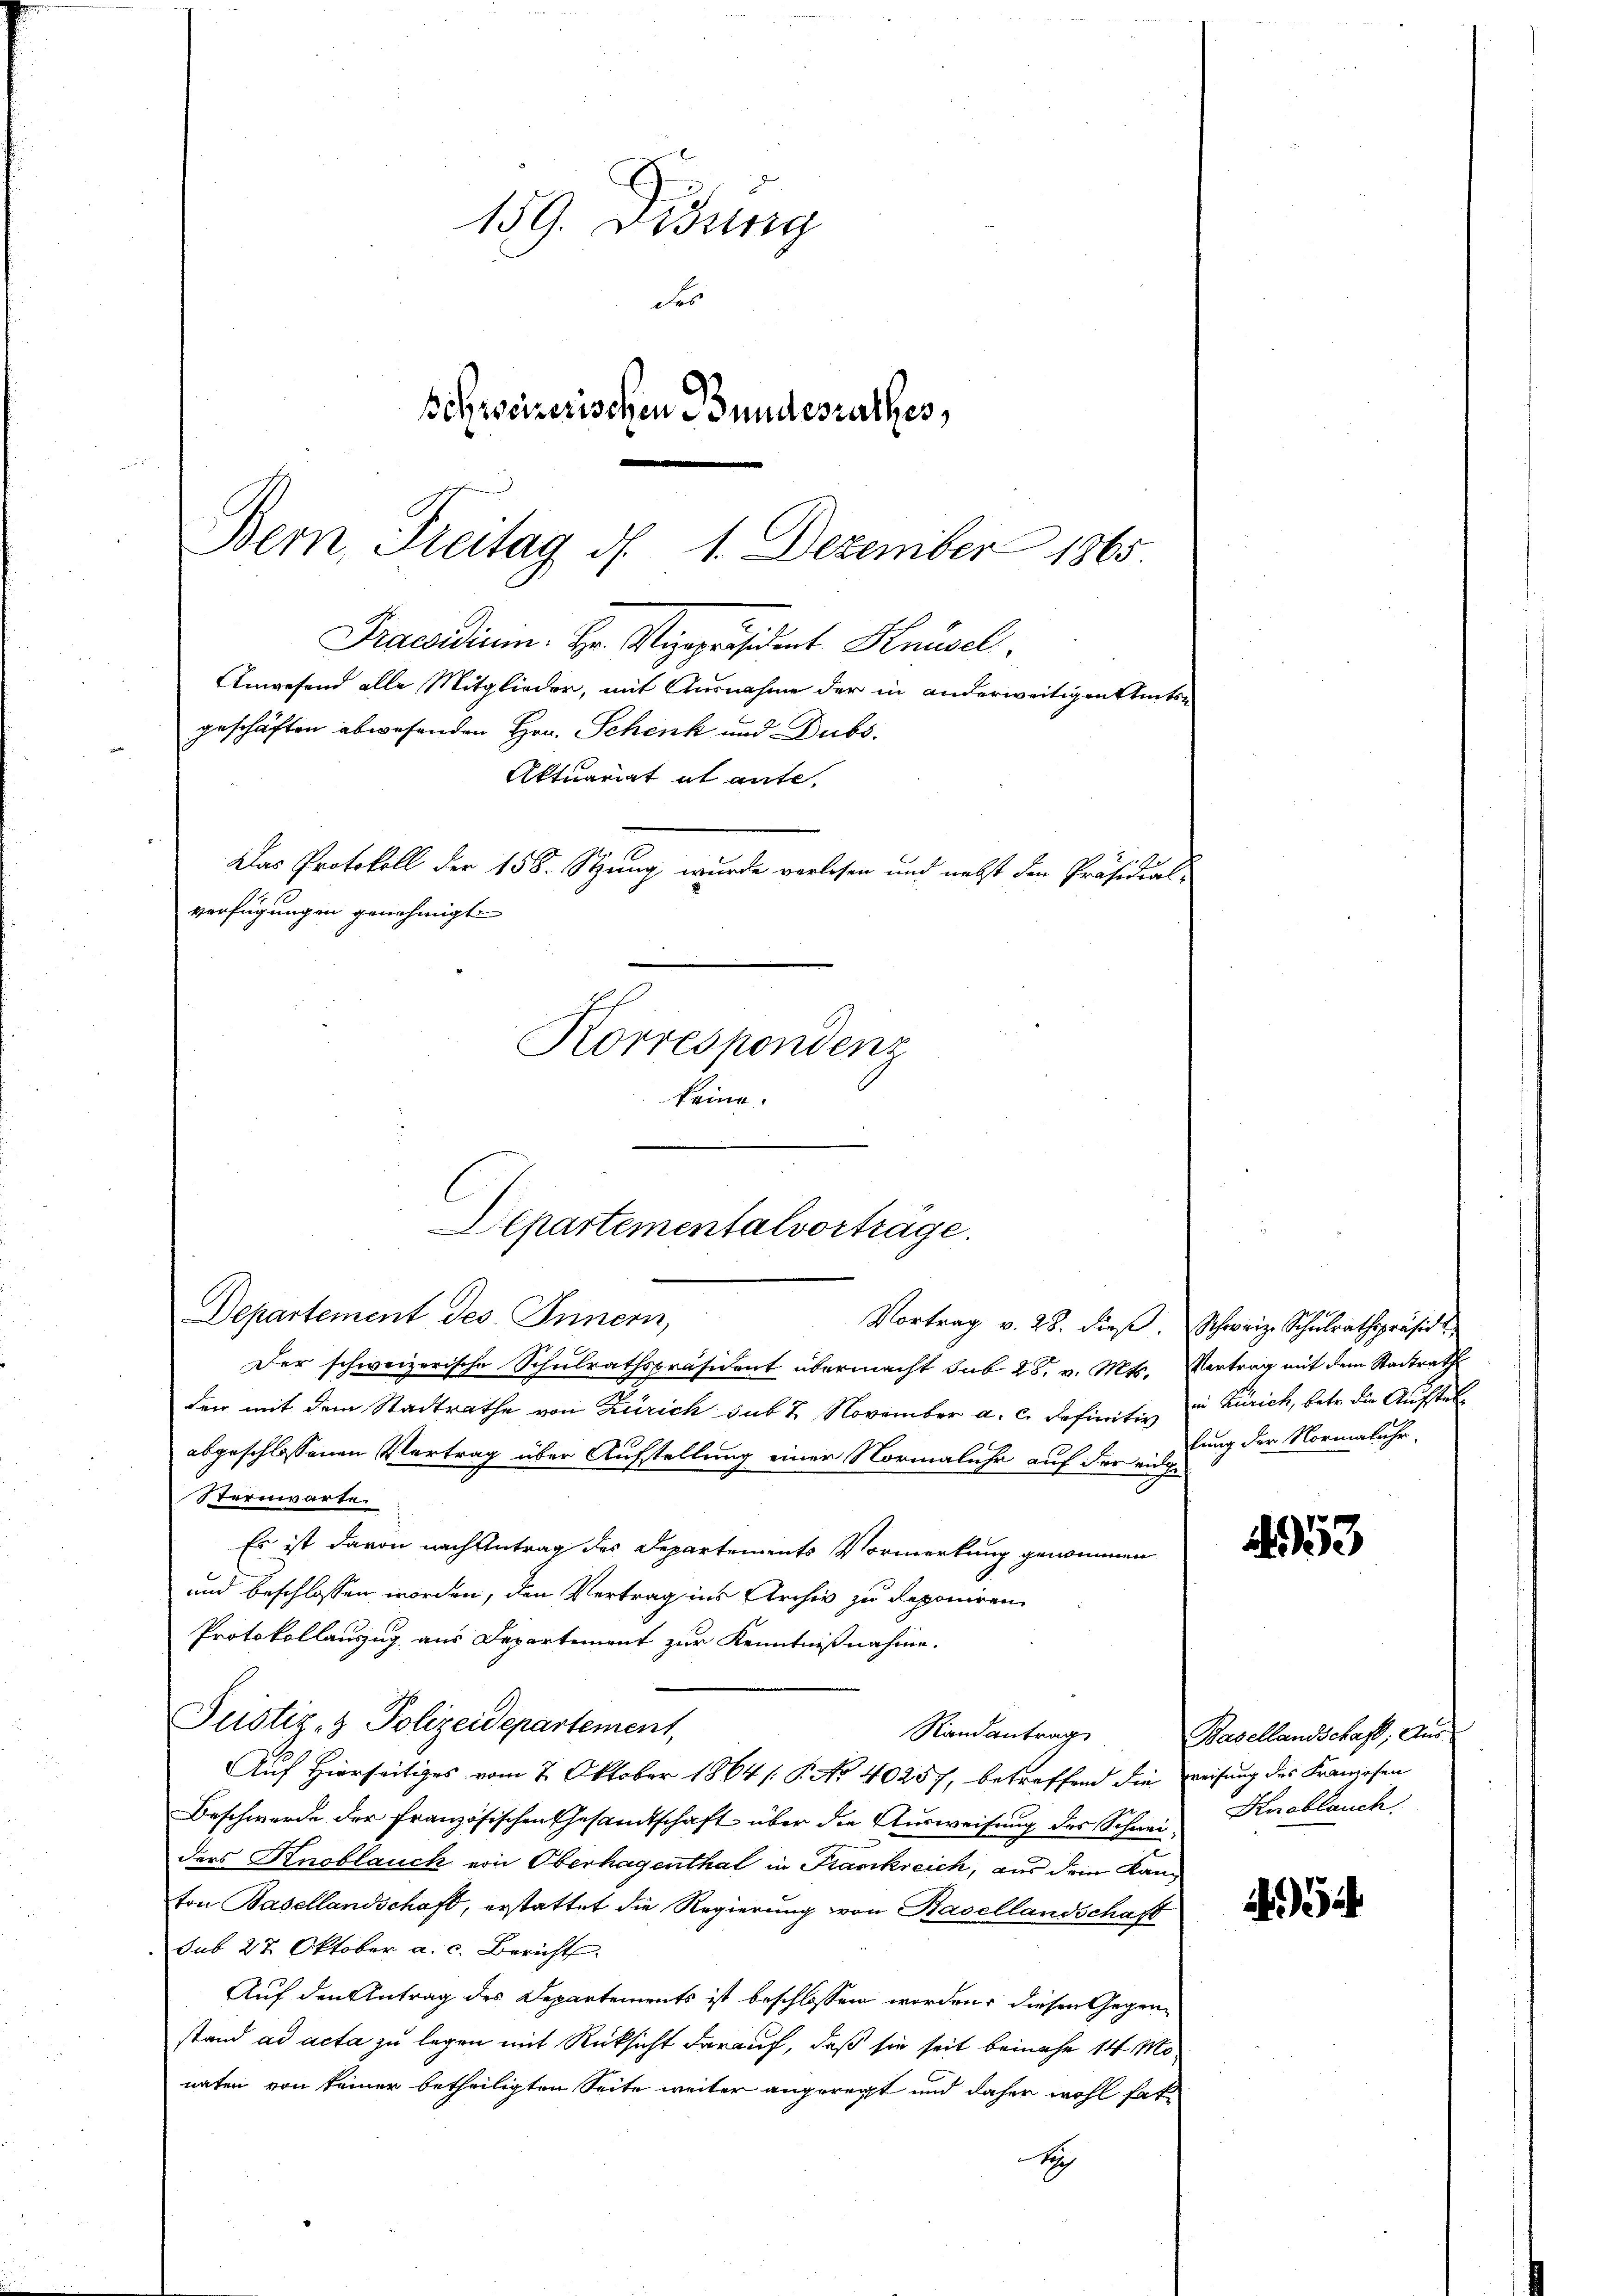
159. Didung
Fe
schweizerischen Bundesrathes,

Bern, Freitag d. 1. Dezember 1865.
Korrespondenz
keine.
Departementalvorträge.

Praesidiuin. Hr. Vizepräsident Knüsel.
Anwesend alle Mitglieder, mit Ausnahme der in anderweitigen Amtsn
geschäften abwesenden Hrn. Schenk und Dubs,
Aktuariat et ante,
Das Protokoll der 158. Stung, wurde verlesen und nebst den Präsidialverfügungen genehmigt.

Departement des Innern,
Vortrag v. 28. dieβ. Schweiz. Schŭlrathspräsid
Der schweizerische Schulrathspräsident übermacht sub 28. v. Mts. Vertrag mit dem Stadtrath
den mit dem Stadtrathe von Zürich sub 2 November a. c. definitiv in Zürich, betr. die Aufstelabgeschlossenen Vertrag über Aufstellung einer Normaluhr auf der eidge
Sternwarte
Es ist davon nach Antrag des Departements Vormerkung genommen
und beschlossen worden, den Vertrag ins Archiv zu deponiren
Protokollanzug aus Departement zur Kenntnißnahme.
Justiz- & Polizeidepartement,
Randantrag
Auf Hierseitiges vom 7. Oktober 1864 (: P. No. 40257, betreffend die weisung des Franzosen
Beschwerde der französischen Gesandtschaft über die Ausweisung des Schnee Knoblauch
ders Knoblauch von Oberhagenthal in Frankreich, aus dem Kanton Basellandschaft, erstattet die Regierung von Basellandschaft
sub 27. Oktober a. c. Bericht
Auf den Antrag des Departements ist beschlossen worden, diesen Gegenstand ad acta zu legen mit Rücksicht darauf, daß sie seit beinahe 14 Mo
naten von keiner betheiligten Seite weiter angeregt und daher wohl hat¬
B

lung der Normaluhr,

1953

Basellandschaft, Aus¬